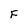
Character: F